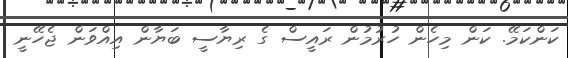
ކަންކަމޭ. ކަން މިހެން ހުރުމުން ރައީސް ގެ ރިޔާސީ ބަޔާން އިއްވަން ޖެހޭނީ